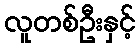
လူတစ်ဦးနှင့်